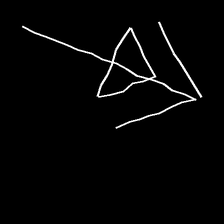
Glyph: pull